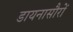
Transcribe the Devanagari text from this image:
डायनासौरों